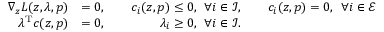
\begin{array} { r l } { \nabla _ { z } L ( z , \lambda , p ) } & { = 0 , \qquad c _ { i } ( z , p ) \leq 0 , \: \: \forall i \in \mathcal { I } , \qquad c _ { i } ( z , p ) = 0 , \: \: \forall i \in \mathcal { E } } \\ { \ensuremath { { \lambda } ^ { \mathrm { T } } } c ( z , p ) } & { = 0 , \qquad \qquad \: \lambda _ { i } \geq 0 , \: \: \forall i \in \mathcal { I } . } \end{array}